Report on sanitation, dispensaries, and jails in Rajputana for 1921, and on vaccination for the year 1921-1922 - 1921-1922
Year: 1921
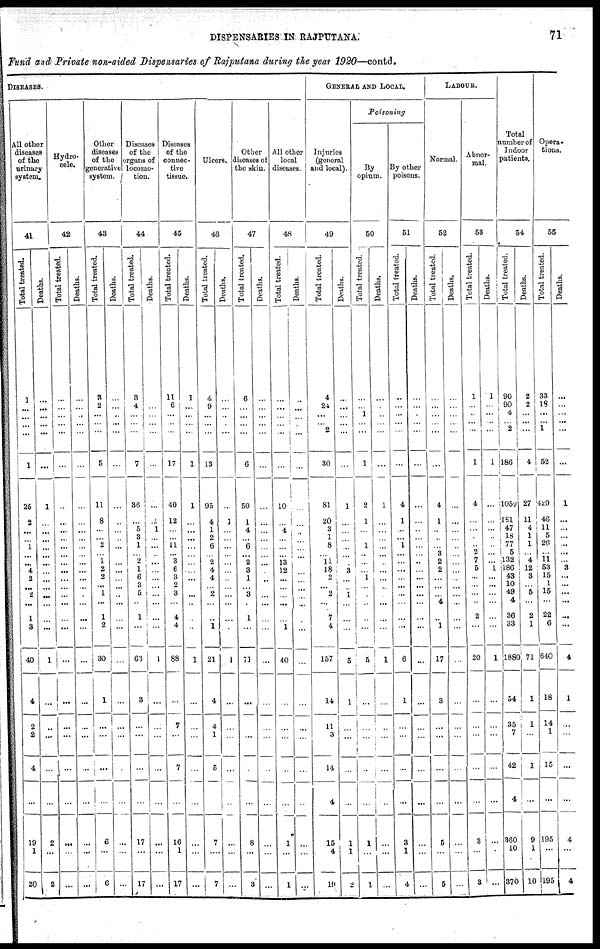
DISPENSARIES IN RAJPUTANA.
71
Fund and Private non-aided Dispensaries of Rajputana during the year 1920—contd.
DISEASES.
All other
diseases
of the
urinary
system.
41
Total treated.
1
...
...
...
...
1
25
2
...
... 1
...
...
4
2
...
2
...
1
3
40
4
2
2
4
...
19
1
20
Deaths.
...
...
...
...
...
...
1
...
...
...
...
...
...
...
...
...
...
...
...
...
1
...
...
...
...
...
2
...
2
Hydro¬
cele.
42
Total treated.
...
...
...
...
...
...
...
...
...
...
...
...
...
...
...
...
...
...
...
...
...
...
...
...
...
...
...
...
...
Deaths.
...
...
...
...
...
...
...
...
...
...
...
...
...
...
...
...
...
...
...
...
...
...
...
...
...
...
...
...
...
Other
diseases
of the
generative
system.
43
Total treated.
3
2
...
...
...
5
11
8
...
... 2
... 1
2
2
...
1
...
1
2
30
1
...
...
...
...
6
...
6
Deaths.
...
...
...
...
...
...
...
...
...
...
...
...
...
...
...
...
...
...
...
...
...
...
...
...
...
...
...
...
...
Diseases
of the
organs of
locomo-
tion.
44
Total treated.
3
4
...
...
...
7
36
...
5
3
1
... 2
1
6
3
5
...
1
...
63
3
...
...
...
...
17
...
17
Deaths.
...
...
...
...
...
...
...
1
1
...
...
...
...
...
...
...
...
...
...
...
1
...
...
...
...
...
...
...
...
Diseases
of the
connec-
tive
tissue.
45
Total treated.
11
6
...
...
...
17
40
12
...
... 11
... 3
6
3
2
3
...
4
4
88
...
7
...
7
...
16
1
17
Deaths.
1
...
...
...
...
1
1
...
...
...
...
...
...
...
...
...
...
...
...
...
1
...
...
...
...
...
...
...
...
Ulcers.
46
Total treated.
4
9
...
...
...
13
95
4
1
2
6
... 2
4
4
...
2
...
...
1
21
4
4
1
5
...
7
...
7
Deaths.
...
...
...
...
...
...
...
1
...
...
...
...
...
...
...
...
...
...
...
...
1
...
...
...
...
...
...
...
...
Other
diseases of
the skin.
47
Total treated.
6
...
...
...
...
6
50
1
4
...
6
...
2
3
1
...
3
...
1
...
71
...
...
...
...
...
8
...
3
Deaths.
...
...
...
...
...
...
...
...
...
...
...
...
...
...
...
...
...
...
...
...
...
...
...
...
...
...
...
...
...
All other
local
diseases.
48
Total treated.
...
...
...
...
...
...
10
...
4
...
...
...
13
12
...
...
...
...
...
1
40
...
...
...
...
...
1
...
1
Deaths.
...
...
...
...
...
...
...
...
...
...
...
...
...
...
...
...
...
...
...
...
...
...
...
...
...
...
...
...
...
GENERAL AND LOCAL.
Injuries
(general
and local).
49
Total treated.
4
24
...
...
...
30
81
20
3
1
8
...
11
18
2
...
2
...
7
4
157
14
11
3
14
4
15
4
19
Deaths.
...
...
...
...
...
...
1
...
...
...
...
...
...
3
...
...
1
...
...
...
5
1
...
...
...
...
1
1
2
Poisoning
By
opium.
50
Total treated.
...
...
1
...
...
1
2
1
...
...
1
...
...
...
1
...
...
...
...
...
5
...
...
...
...
...
1
...
1
Deaths.
...
...
...
...
...
...
1
...
...
...
...
...
...
...
...
...
...
...
...
...
1
...
...
...
...
...
...
...
...
By other
poisons.
51
Total treated.
...
...
...
...
...
...
4
1
...
...
1
...
...
...
...
...
...
...
...
...
6
1
...
...
...
...
3
1
4
Deaths.
...
...
...
...
...
...
...
...
...
...
...
...
...
...
...
...
...
...
...
...
...
...
...
...
...
...
...
...
...
LABOUR.
Normal.
52
Total treated.
...
...
...
...
...
...
4
1
...
...
...
3
2
2
...
...
...
4
...
1
17
3
...
...
...
...
5
...
5
Deaths.
...
...
...
...
...
...
...
...
...
...
...
...
...
...
...
...
...
...
...
...
...
...
...
...
...
...
...
...
...
Abnor-
mal.
53
Total treated.
1
...
...
...
...
1
4
...
...
...
...
2
7
5
...
...
...
...
2
...
20
...
...
...
...
...
3
...
3
Deaths.
1
...
...
...
...
1
...
...
...
...
...
...
...
1
...
...
...
...
...
...
1
...
...
...
...
...
...
...
...
Total
number of
Indoor
patients.
54
Total treated.
90
90
4
... 2
186
1059
181
47
18
77
5
132
186
43
10
49
4
36
33
1880
54
35
7
42
4
360
10
370
Deaths.
2
2
...
...
...
4
27
11
4
1
1
...
4
12
3
...
5
...
2
1
71
1
1
...
1
...
9
1
10
Opera¬
tions.
55
Total treated.
33
18
...
...
1
52
429
46
11
5
26
...
11
53
15
1
15
...
22
6
640
18
14
1
15
...
195
...
195
Deaths.
...
...
...
...
...
...
1
...
...
...
...
...
...
3
...
...
...
...
...
...
4
1
...
...
...
...
4
...
4